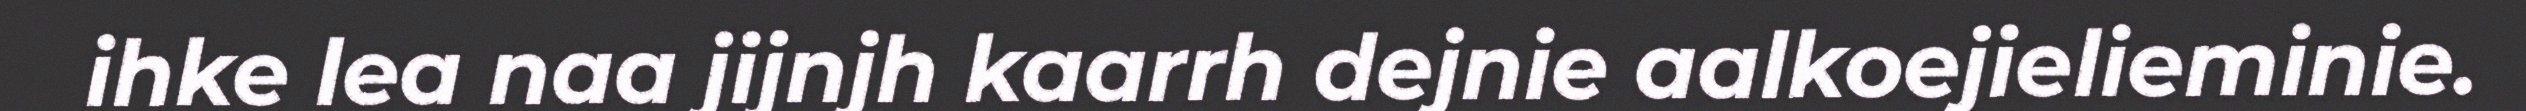
ihke lea naa jijnjh kaarrh dejnie aalkoejielieminie.